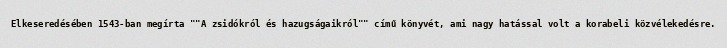
Elkeseredésében 1543-ban megírta ""A zsidókról és hazugságaikról"" című könyvét, ami nagy hatással volt a korabeli közvélekedésre.